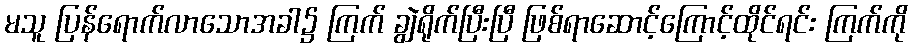
မသူ ပြန်ရောက်လာသောအခါ၌ ကြက် ချွဲရိုက်ပြီးပြီ ဖြစ်ရာဆောင့်ကြောင့်ထိုင်ရင်း ကြက်ကို